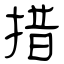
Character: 措